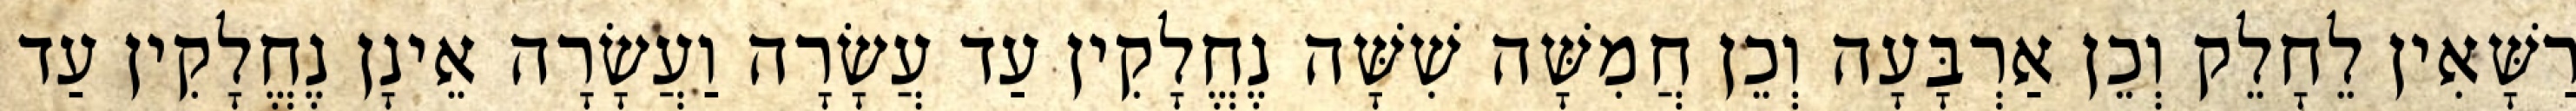
רַשָּׁאִין לֵחָלֵק וְכֵן אַרְבָּעָה וְכֵן חֲמִשָּׁה שִׁשָּׁה נֶחֱלָקִין עַד עֲשָׂרָה וַעֲשָׂרָה אֵינָן נֶחֱלָקִין עַד